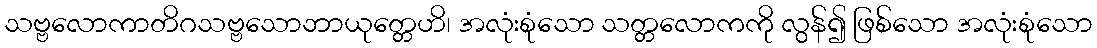
သဗ္ဗလောကာတိဂသဗ္ဗသောဘာယုတ္တေဟိ၊ အလုံးစုံသော သတ္တလောကကို လွန်၍ ဖြစ်သော အလုံးစုံသော